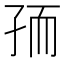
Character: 𰌧